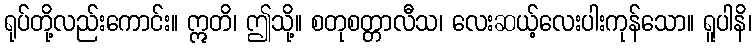
ရုပ်တို့လည်းကောင်း။ ဣတိ၊ ဤသို့။ စတုစတ္တာလီသ၊ လေးဆယ့်လေးပါးကုန်သော။ ရူပါနိ၊